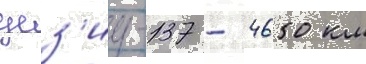
цез'иу-137 - 4650 км